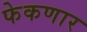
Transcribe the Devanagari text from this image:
फेकणार